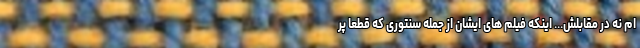
ام نه در مقابلش... اینکه فیلم های ایشان از جمله سنتوری که قطعا پر